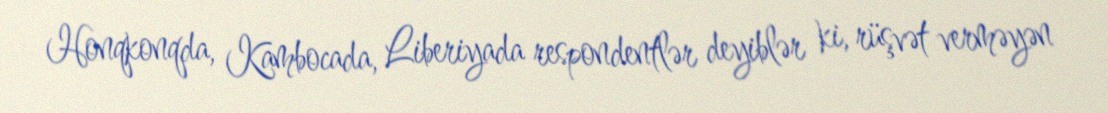
Honqkonqda, Kambocada, Liberiyada respondentlər deyiblər ki, rüşvət verməyən